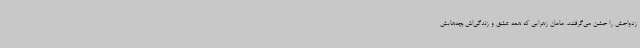
زدواجش را جشن می‌گرفتند. مامان زهرایی که همه عشق و زندگی‌اش بچه‌هایش